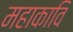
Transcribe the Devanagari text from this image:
महाकावि